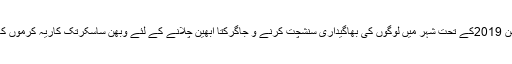
نگم سوچھ سرویکشن 2019کے تحت شہر میں لوگوں کی بھاگیداری سنشچت کرنے و جاگرکتا ابھین چلانے کے لئے وبھن ساسکرتک کاریہ کرموں کا بھی آیوجن کریگا۔